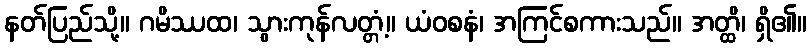
နတ်ပြည်သို့။ ဂမိဿထ၊ သွားကုန်လတ္တံ့။ ယံဝစနံ၊ အကြင်စကားသည်။ အတ္ထိ၊ ရှိ၏။